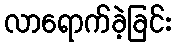
လာရောက်ခဲ့ခြင်း